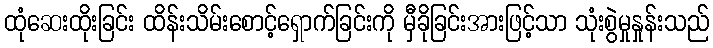
ထုံဆေးထိုးခြင်း ထိန်းသိမ်းစောင့်ရှောက်ခြင်းကို မှီခိုခြင်းအားဖြင့်သာ သုံးစွဲမှုနှုန်းသည်